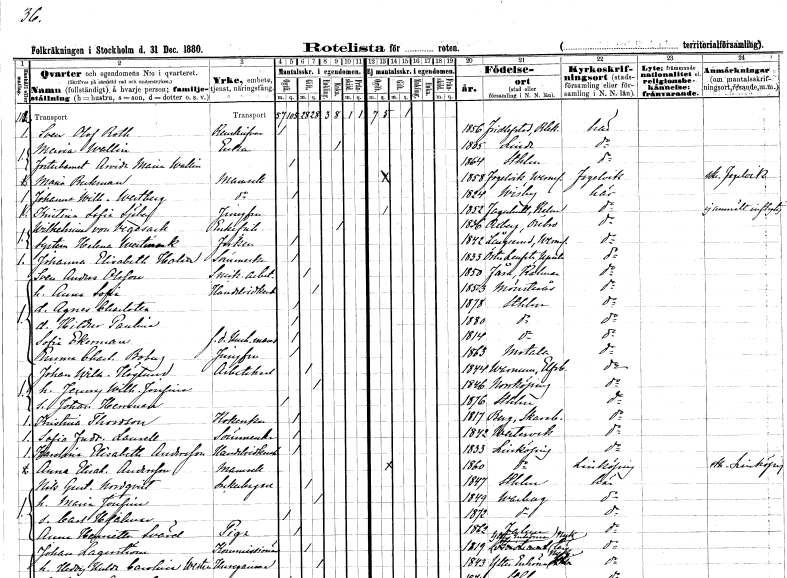
gt_parse: households: individuals: FN: Sven Olof
EN: Roth
YRKE: Renskrivare
KON: M
CIV: O
FODAR: 1856
FODFORS: Fridlevstad Blekinge län
FN: Maria
EN: Wallin
YRKE: Änka
KON: K
CIV: E
FODAR: 1805
FODFORS: Linde Örebro län
FN: Arvida Maria
EN: Wallin
KON: K
CIV: O
FODAR: 1864
FODFORS: Stockholm
FN: Maria
EN: Beckman
KON: K
CIV: O
FODAR: 1858
FODFORS: Fågelvik Värmlands län
FN: Johanna Wilhelmina
EN: Westberg
KON: K
CIV: O
FODAR: 1824
FODFORS: Visby Gotlands län
FN: Kristina Sofia
EN: Sjöberg
YRKE: Jungfru
KON: K
CIV: O
FODAR: 1852
FODFORS: Fagerhult Kalmar län
FN: Wilhelmina
EN: von Vegesack
KON: K
CIV: E
FODAR: 1836
FODFORS: Axberg Örebro län
FN: Helena
EN: Westmark
KON: K
CIV: O
FODAR: 1842
FODFORS: Långserud Värmlands län
FN: Johanna Elisabeth
EN: Holm
YRKE: Sömmerska
KON: K
CIV: O
FODAR: 1833
FODFORS: Österlövsta Uppsala län
FN: Sven Anders
EN: Olsson
YRKE: Snickeriarbetare
KON: M
CIV: G
FODAR: 1850
FODFORS: Föra Kalmar län
FN: Anna Sofia
YRKE: Handelsidkerska
KON: K
CIV: G
FODAR: 1853
FODFORS: Mönsterås Kalmar län
FN: Agnes Charlotta
KON: K
CIV: O
FODAR: 1878
FODFORS: Stockholm
FN: Hildur Paulina
KON: K
CIV: O
FODAR: 1880
FODFORS: Stockholm
FN: Sofia
EN: Ekerman
YRKE: Hushållsmamsell f.d.
KON: K
CIV: O
FODAR: 1814
FODFORS: Stockholm
FN: Emma Charlotta
EN: Boberg
YRKE: Jungfru
KON: K
CIV: O
FODAR: 1863
FODFORS: Motala Östergötlands län
FN: Johan Wilhelm
EN: Höglund
YRKE: Arbetskarl
KON: M
CIV: G
FODAR: 1844
FODFORS: Varnum Älvsborgs län
FN: Jenny Wilhelmina Josefina
KON: K
CIV: G
FODAR: 1846
FODFORS: Norrköping Östergötlands län
FN: Johan Herrman
KON: M
CIV: O
FODAR: 1876
FODFORS: Stockholm
FN: Kristina
EN: Thordson
YRKE: Kokerska
KON: K
CIV: O
FODAR: 1817
FODFORS: Berg Skaraborgs län
FN: Sofia Fredrika
EN: Laurell
YRKE: Sömmerska
KON: K
CIV: O
FODAR: 1842
FODFORS: Västervik Kalmar län
FN: Karolina Elisabeth
EN: Andersson
YRKE: Handelsidkerska
KON: K
CIV: O
FODAR: 1833
FODFORS: Linköping Östergötlands län
FN: Anna Elisabeth
EN: Andersson
KON: K
CIV: O
FODAR: 1860
FODFORS: Linköping Östergötlands län
FN: Nils Gustaf
EN: Nordqvist
YRKE: Sockerbagare
KON: M
CIV: G
FODAR: 1847
FODFORS: Stockholm
FN: Maria Josefina
KON: K
CIV: G
FODAR: 1849
FODFORS: Varberg Hallands län
FN: Carl Hjalmar
KON: M
CIV: O
FODAR: 1872
FODFORS: Varberg Hallands län
FN: Anna Henrietta
EN: Svärd
YRKE: Piga
KON: K
CIV: O
FODAR: 1862
FODFORS: Falun Kopparbergs län